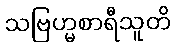
သဗြဟ္မစာရီသူတိ